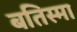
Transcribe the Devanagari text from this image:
बतिस्मा